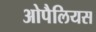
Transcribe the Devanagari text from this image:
ओपैलियस